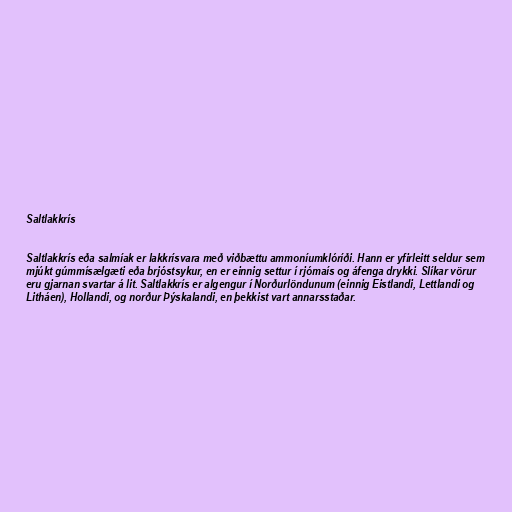
Saltlakkrís

Saltlakkrís eða salmíak er lakkrísvara með viðbættu ammoníumklóríði. Hann er yfirleitt seldur sem
mjúkt gúmmísælgæti eða brjóstsykur, en er einnig settur í rjómaís og áfenga drykki. Slíkar vörur
eru gjarnan svartar á lit. Saltlakkrís er algengur í Norðurlöndunum (einnig Eistlandi, Lettlandi og
Litháen), Hollandi, og norður Þýskalandi, en þekkist vart annarsstaðar.